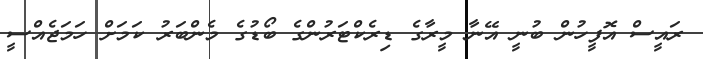
ރައީސް އޮފީހުން ބުނީ އޭނާ މީރާގެ ޑިރެކްޓަރުންގެ ބޯޑުގެ މެންބަރު ކަމަށް ހަމަޖެއްސީ